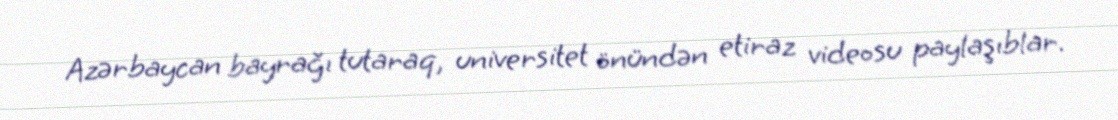
Azərbaycan bayrağı tutaraq, universitet önündən etiraz videosu paylaşıblar.